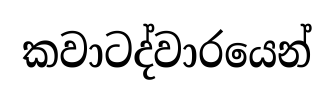
කවාටද්වාරයෙන්